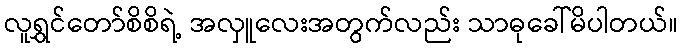
လူရွှင်တော်စိစိရဲ့ အလှူလေးအတွက်လည်း သာဓုခေါ်မိပါတယ်။